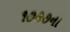
૧૭૭૭ના